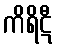
ကိရိဋီ